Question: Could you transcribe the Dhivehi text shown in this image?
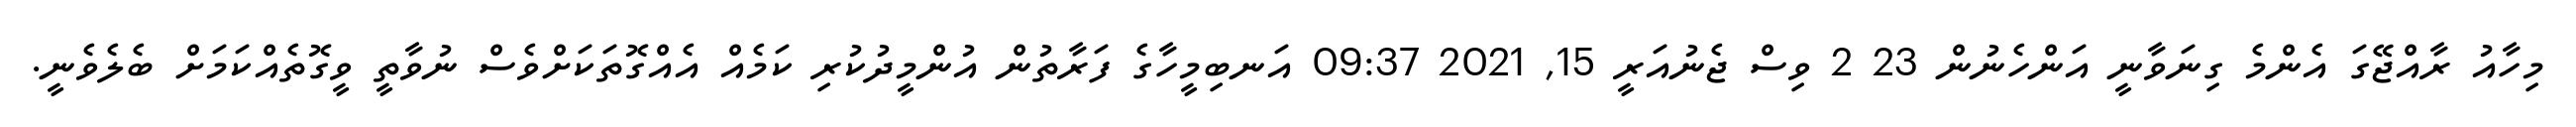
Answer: މިހާއު ރާއްޖޭގަ އެންމެ ގިނަވާނީ އަންހެނުން 23 2 ވިސް ޖެނުއަރީ 15, 2021 09:37 އަނބިމީހާގެ ފަރާތުން އުންމީދުކުރި ކަމެއް އެއްގޮތަކަށްވެސް ނުވާތީ ވީގޮތެއްކަމަށް ބެލެވެނީ.